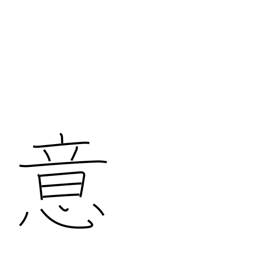
Meaning: idea